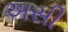
અસી